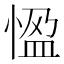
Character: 𭝳